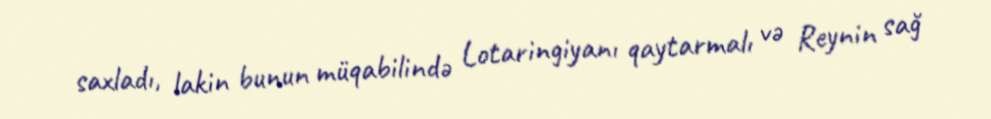
saxladı, lakin bunun müqabilində Lotaringiyanı qaytarmalı və Reynin sağ